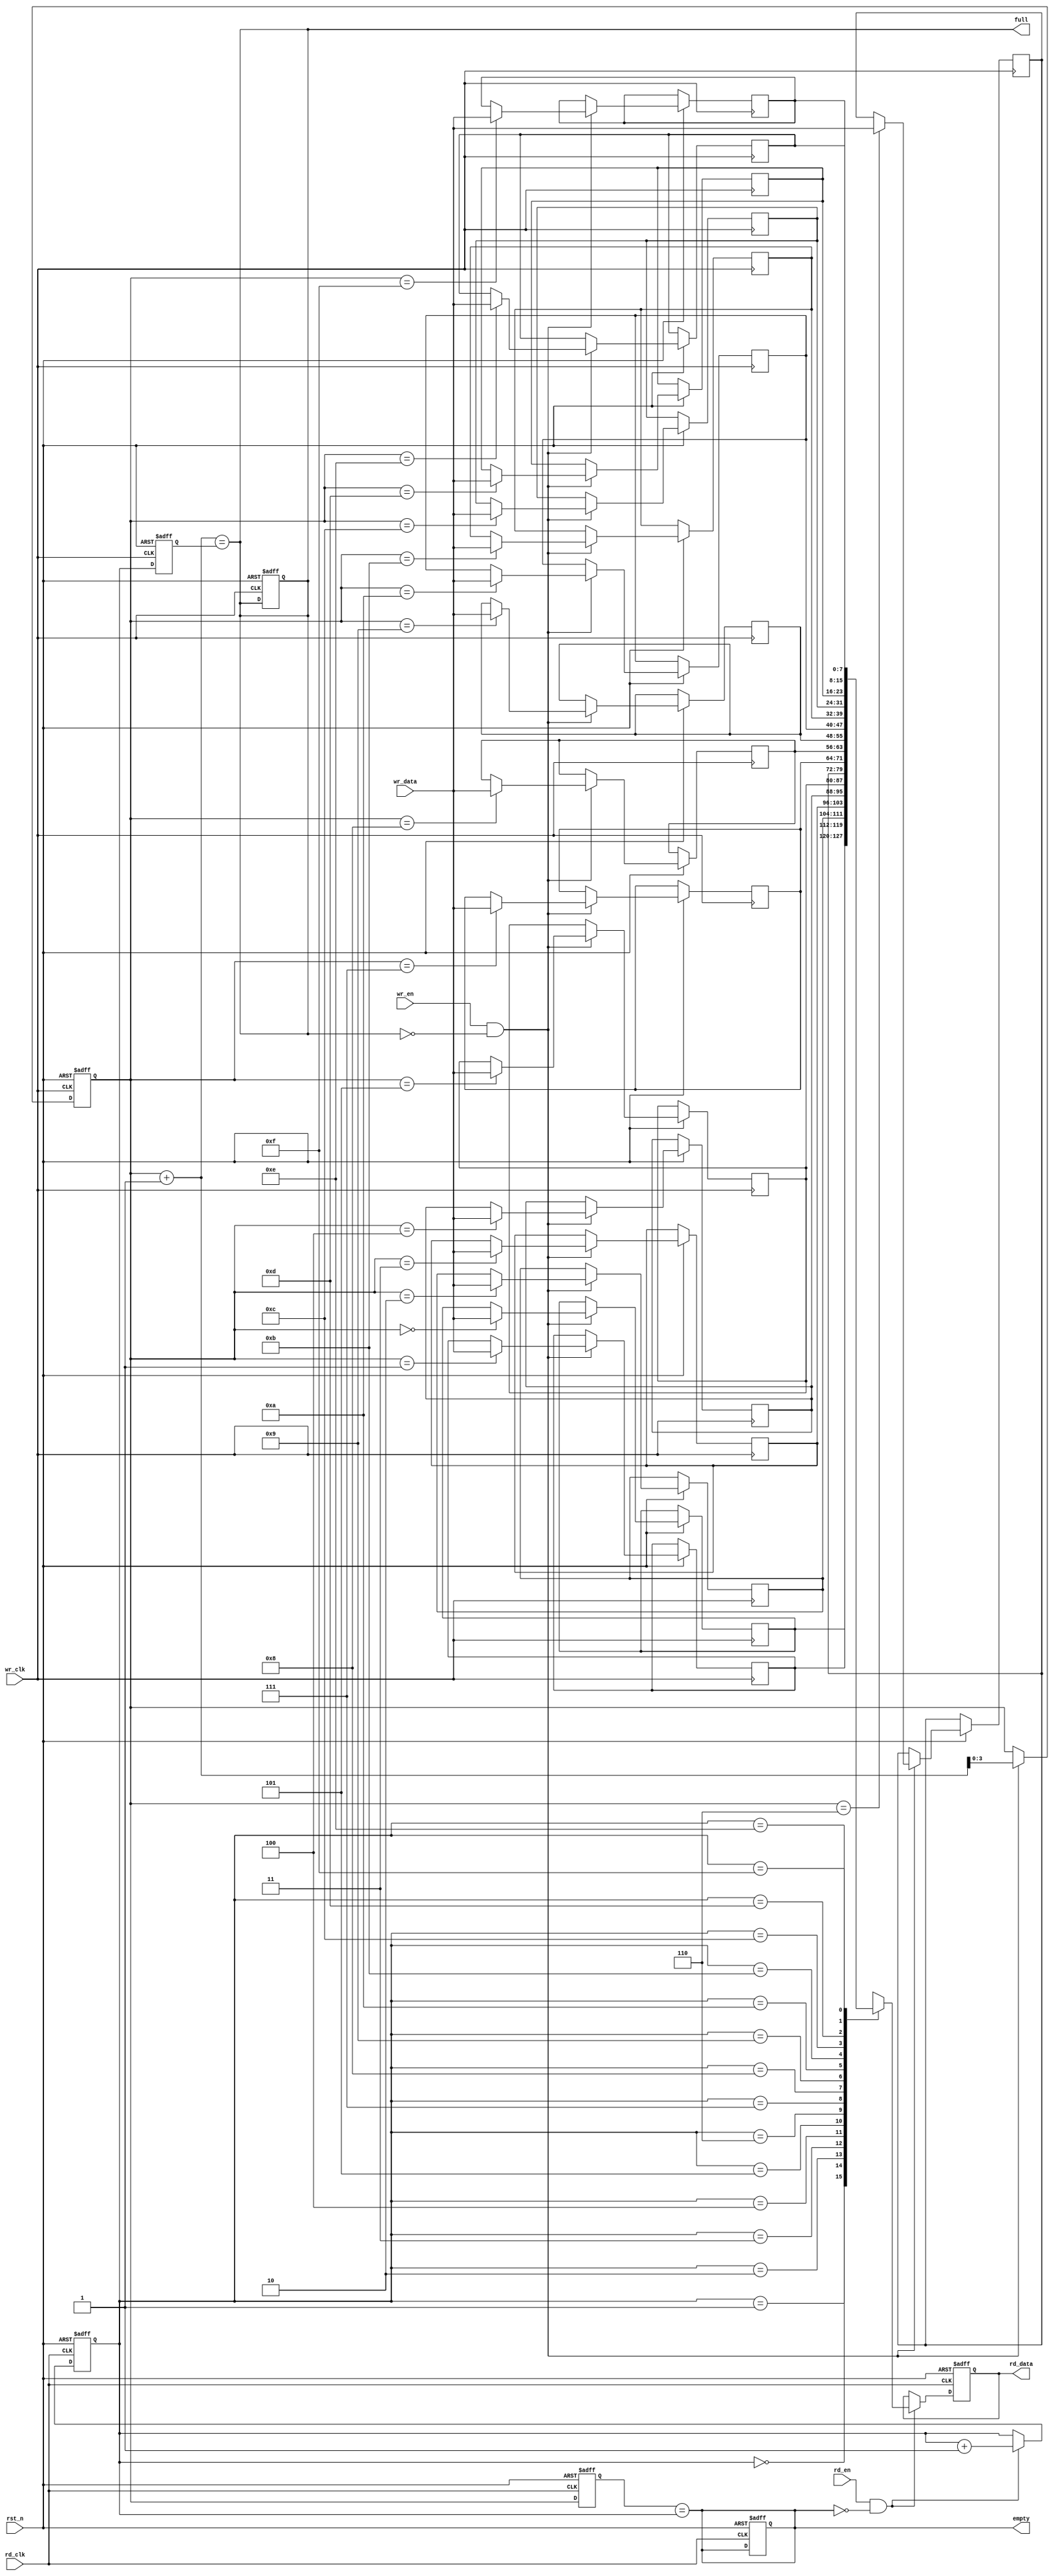
module async_fifo #(
    parameter DATA_WIDTH = 8, // Width of the data
    parameter FIFO_DEPTH = 16  // Depth of the FIFO (must be a power of 2)
) (
    input wire wr_clk,           // Write clock
    input wire rd_clk,           // Read clock
    input wire rst_n,            // Asynchronous reset (active low)
    input wire wr_en,            // Write enable
    input wire rd_en,            // Read enable
    input wire [DATA_WIDTH-1:0] wr_data, // Data to write
    output reg [DATA_WIDTH-1:0] rd_data, // Data to read
    output reg full,             // FIFO full flag
    output reg empty             // FIFO empty flag
);

    // Internal signals
    reg [DATA_WIDTH-1:0] fifo_mem [FIFO_DEPTH-1:0]; // FIFO memory
    reg [3:0] wr_ptr; // Write pointer
    reg [3:0] rd_ptr; // Read pointer
    reg [3:0] wr_ptr_sync; // Synchronized write pointer
    reg [3:0] rd_ptr_sync; // Synchronized read pointer

    // Write operation
    always @(posedge wr_clk or negedge rst_n) begin
        if (!rst_n) begin
            wr_ptr <= 0;
            full <= 0;
        end else if (wr_en && !full) begin
            fifo_mem[wr_ptr] <= wr_data;
            wr_ptr <= wr_ptr + 1;
        end
    end

    // Read operation
    always @(posedge rd_clk or negedge rst_n) begin
        if (!rst_n) begin
            rd_ptr <= 0;
            empty <= 1;
            rd_data <= 0;
        end else if (rd_en && !empty) begin
            rd_data <= fifo_mem[rd_ptr];
            rd_ptr <= rd_ptr + 1;
        end
    end

    // Synchronization of write pointer
    always @(posedge rd_clk or negedge rst_n) begin
        if (!rst_n) begin
            wr_ptr_sync <= 0;
        end else begin
            wr_ptr_sync <= wr_ptr; // Sample write pointer
        end
    end

    // Synchronization of read pointer
    always @(posedge wr_clk or negedge rst_n) begin
        if (!rst_n) begin
            rd_ptr_sync <= 0;
        end else begin
            rd_ptr_sync <= rd_ptr; // Sample read pointer
        end
    end

    // Full and empty flag logic
    always @* begin
        full = (wr_ptr + 1) == rd_ptr_sync; // Check if FIFO is full
        empty = (wr_ptr_sync == rd_ptr);    // Check if FIFO is empty
    end

endmodule